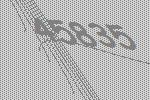
45835